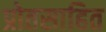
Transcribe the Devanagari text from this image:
प्रोतसाहित